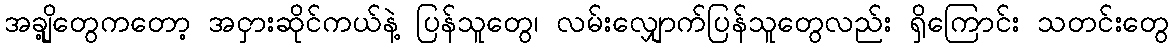
အချို့တွေကတော့ အငှားဆိုင်ကယ်နဲ့ ပြန်သူတွေ၊ လမ်းလျှောက်ပြန်သူတွေလည်း ရှိကြောင်း သတင်းတွေ